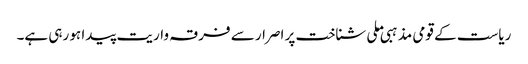
ریاست کے قومی مذہبی ملی شناخت پر اصرار سے فرقہ واریت پیدا ہو رہی ہے۔